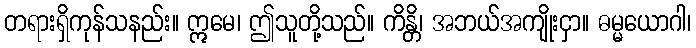
တရားရှိကုန်သနည်း။ ဣမေ၊ ဤသူတို့သည်။ ကိန္တိ၊ အဘယ်အကျိုးငှာ။ ဓမ္မယောဂါ၊